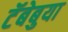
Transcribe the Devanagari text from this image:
टॅबेबुया